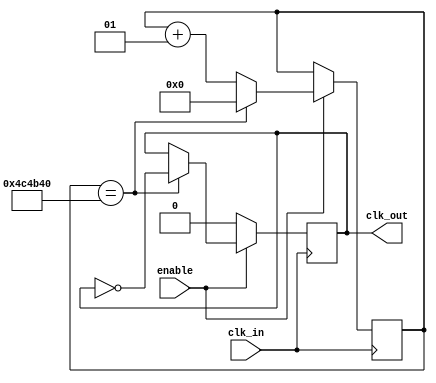
`timescale 1ns / 1ps
//////////////////////////////////////////////////////////////////////////////////
// Company: 
// Engineer: 
// 
// Design Name: 
// Module Name: clock_divider
// Project Name: 
// Target Devices: 
// Tool Versions: 
// Description: 
// 
// Dependencies: 
// 
// Revision:
// Revision 0.01 - File Created
// Additional Comments:
// 
//////////////////////////////////////////////////////////////////////////////////

module clock_divider(clk_in, enable, clk_out);
    input clk_in;
    input enable;
    output reg clk_out;
    integer count = 0; //500hz
    
    parameter CLK_DIV = 5_000_000;
    
    always @ (posedge clk_in) begin
        if (enable) begin
            if (count == CLK_DIV) begin
                count <= 0;
                clk_out <= ~clk_out;
            end else count <= count + 1;
        end else clk_out <= 0;
    end
endmodule